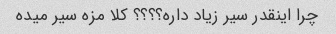
چرا اینقدر سیر زیاد داره؟؟؟؟ کلا مزه سیر میده